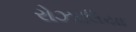
રોઝાલિયા